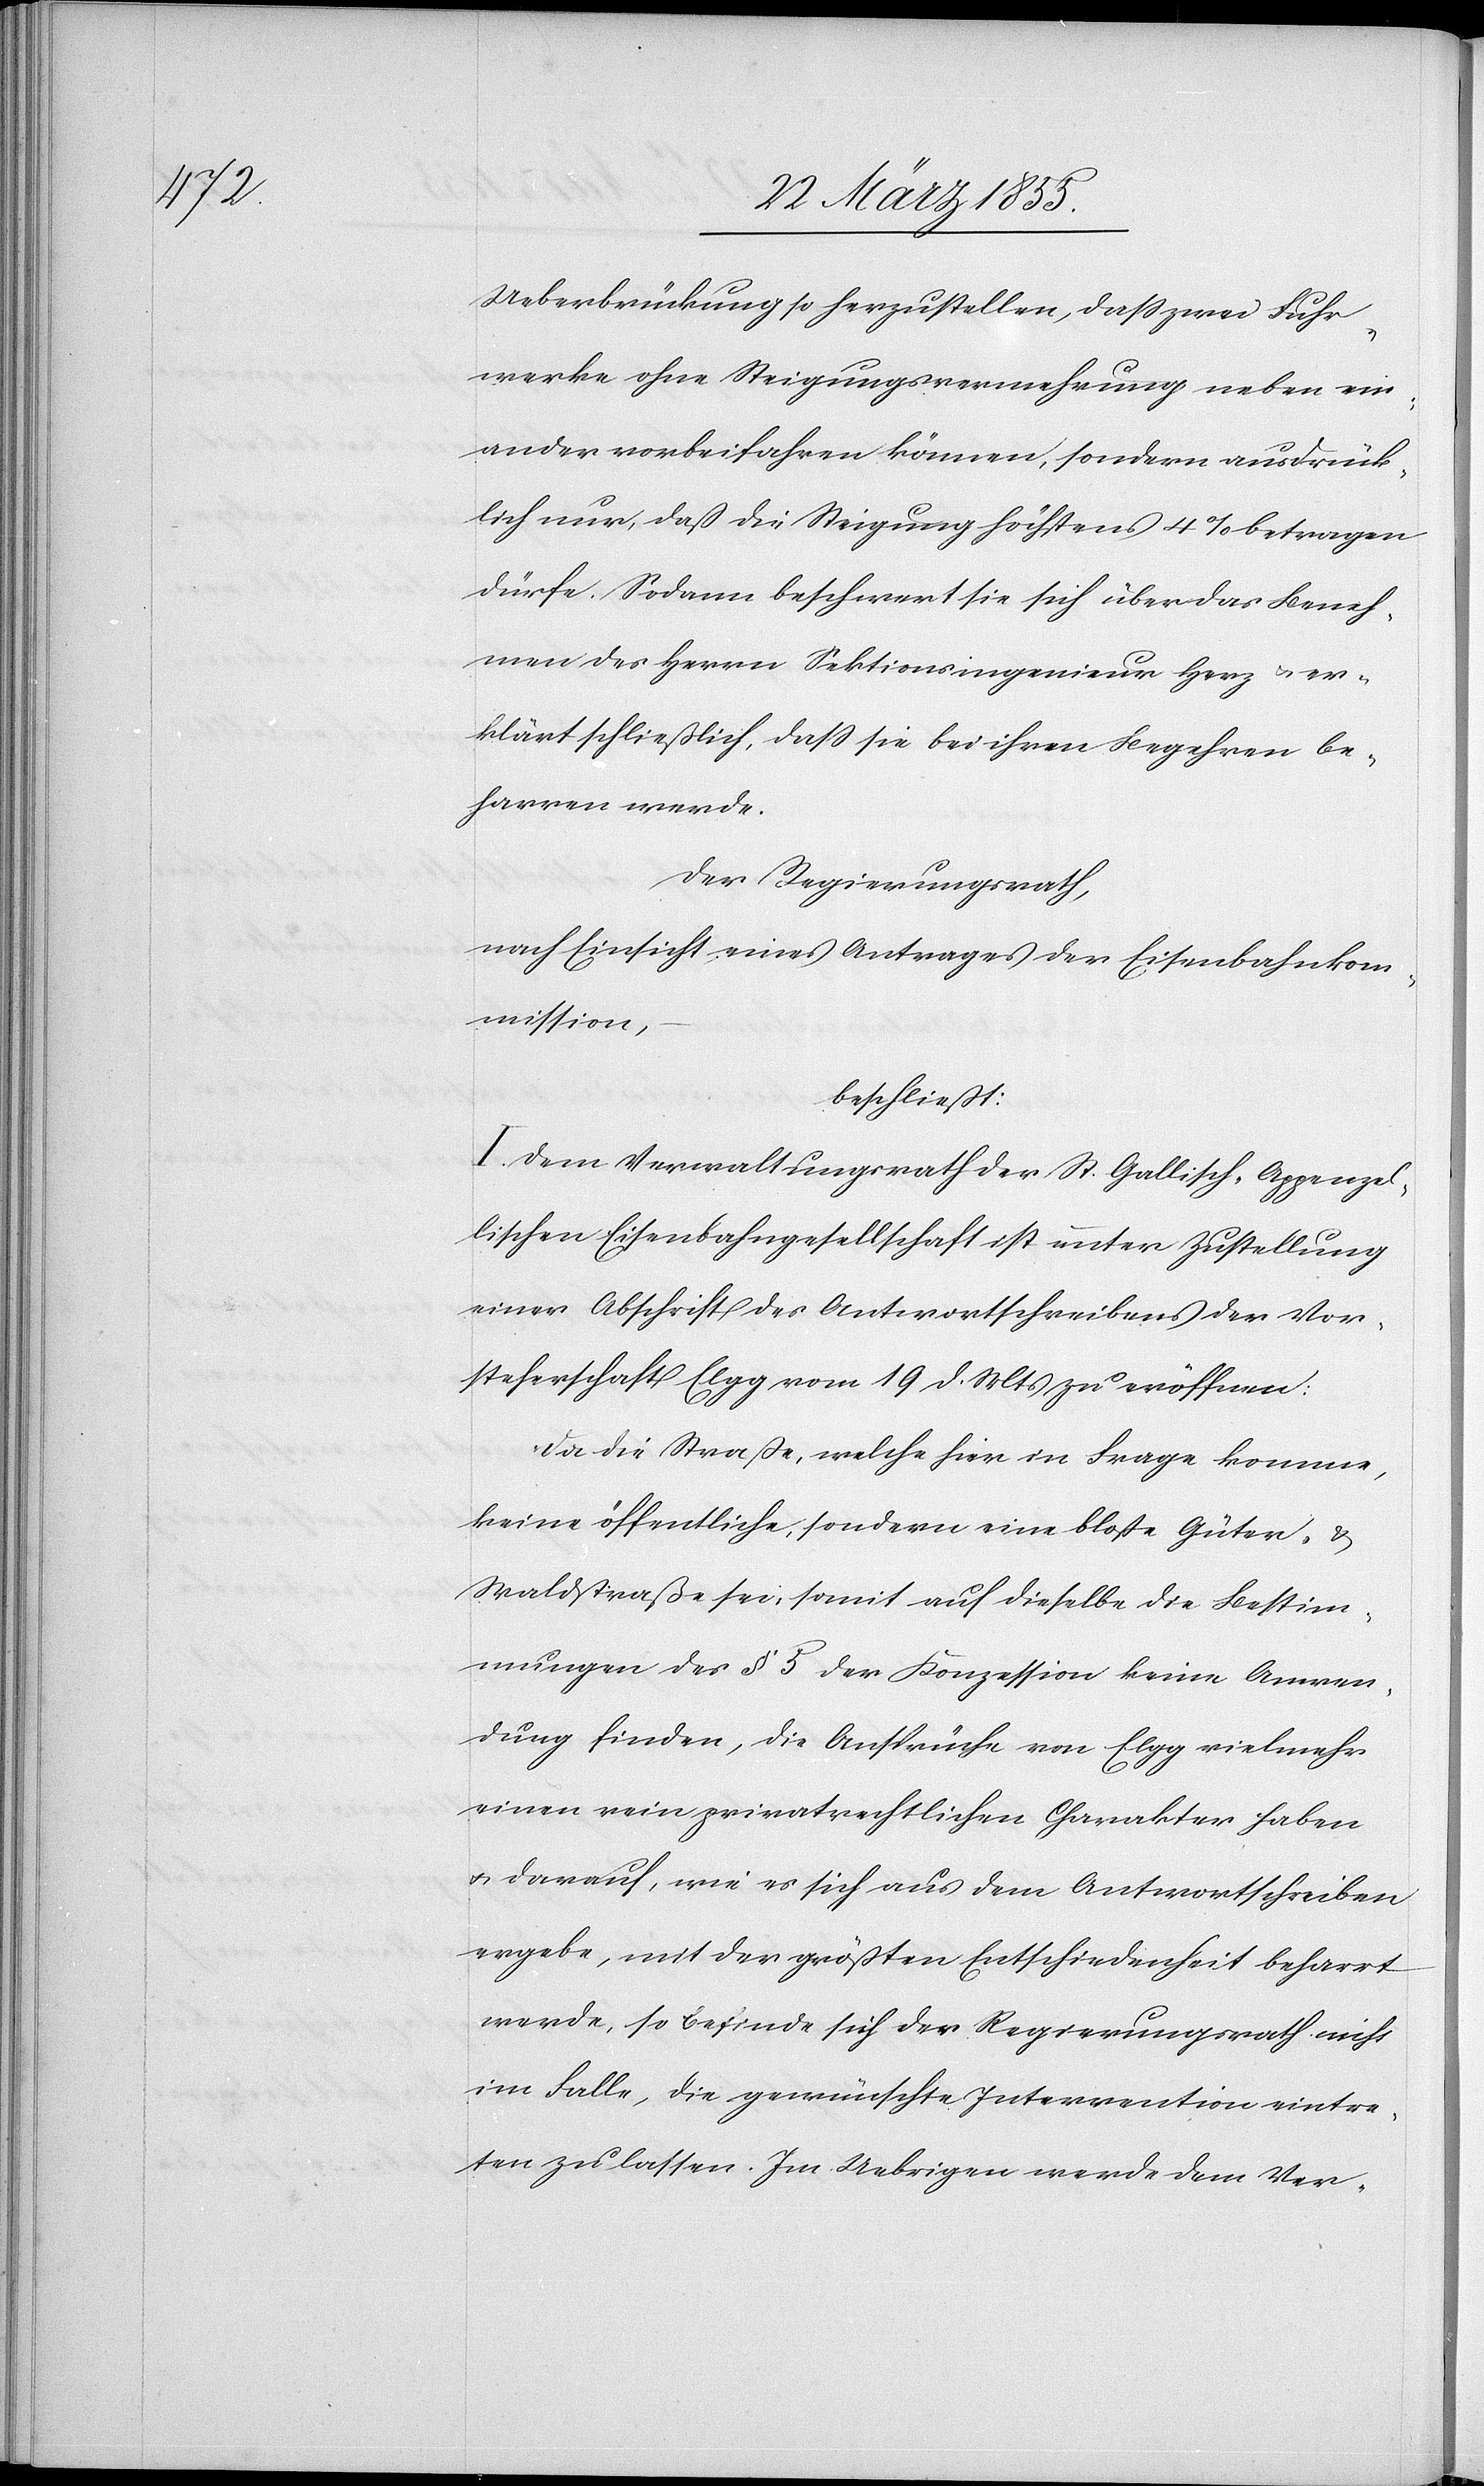
Ueberbrückung so herzustellen, dass zwei Fuhr¬
werke ohne Steigungsvermehrung neben ein¬
ander vorbeifahren können, sondern ausdrück¬
lich nur, daß die Steigung höchstens 4% betragen
dürfe. Sodann beschwert sie sich über das Beneh¬
men des Herrn Sektionsingenieur Herz & er¬
klärt schließlich, dass sie bei ihren Begehren be¬
harren werde.
Der Regierungsrath,
nach Einsicht eines Antrages der Eisenbahnkom¬
mission,
beschließt:
I. Dem Verwaltungsrath der St. Gallisch-Appenzel¬
lischen Eisenbahngesellschaft ist unter Zustellung
einer Abschrift des Antwortschreibens der Vor¬
steherschaft Elgg vom 19 d. Mts zu eröffnen:
Da die Straße, welche hier in Frage komme,
keine öffentliche, sondern eine bloße Güter- &
Waldstraße sei, somit auf dieselbe die Bestim¬
mungen des § 5 der Konzession keine Anwen¬
dung finden, die Ansprüche von Elgg vielmehr
einen rein privatrechtlichen Charakter haben
& darauf, wie es sich aus dem Antwortschreiben
ergebe, mit der größten Entschiedenheit beharrt
werde, so befinde sich der Regierungsrath nicht
im Falle, die gewünschte Intervention eintre¬
ten zu lassen. Im Uebrigen werde dem Ver-